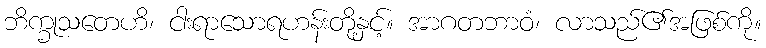
ဘိက္ခုသတေဟိ၊ ငါးရာသောရဟန်းတို့နှင့်။ အာဂတဘာဝံ၊ လာသည်၏အဖြစ်ကို။